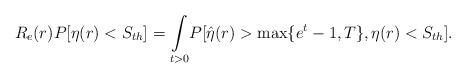
LaTeX: \begin{align*}R_e(r)P[\eta(r)<S_{th}]=\underset{t>0}\int P[\hat{\eta}(r)>\max\{e^t-1,T\},\eta(r)<S_{th}] .\end{align*}